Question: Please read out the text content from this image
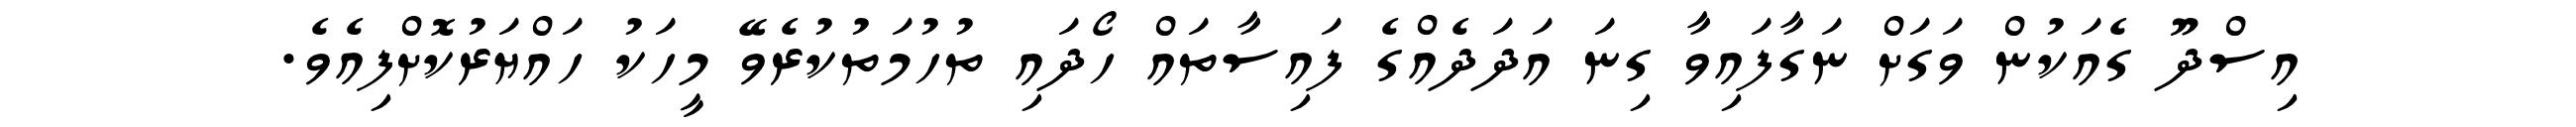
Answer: އިސްދޫ ގެއަކުން ވަގަށް ނަގާފައިވާ ގިނަ އަދަދެއްގެ ފައިސާތައް ހޯދައި ތުހުމަތުކުރެވޭ މީހަކު ހައްޔަރުކޮށްފިއެވެ.